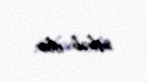
səbəb olur.